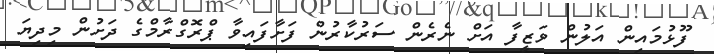
ފޫޅުމައިން އަލުން ވަޒީފާ އަށް ނެރެން ސަރުކާރުން ފަށާފައިވާ ޕްރޮގްރާމްގެ ދަށުން މިދިޔަ